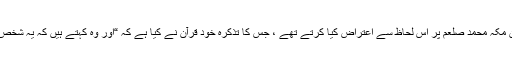
چنانچہ مشرکین مکہ محمد صلعم پر اس لحاظ سے اعتراض کیا کرتے تھے ، جس کا تذکرہ خود قرآن نے کیا ہے کہ “اور وہ کہتے ہیں کہ یہ شخص تو مجنون ہے۔